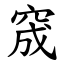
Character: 窚